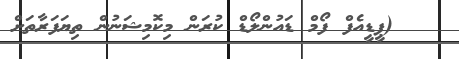
(ޕީޑީއެފް ފޯމް ޑައުންލޯޑް ކުރަން މިކޮމިޝަނުން ތިޔަފަރާތަށް